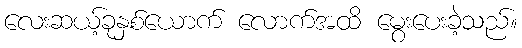
လေးဆယ့်ခုနှစ်ယောက် လောက်အထိ မွေးပေးခဲ့သည်။